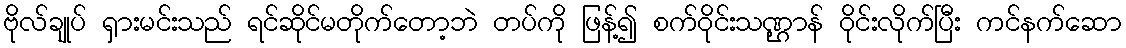
ဗိုလ်ချုပ် ရှားမင်းသည် ရင်ဆိုင်မတိုက်တော့ဘဲ တပ်ကို ဖြန့်၍ စက်ဝိုင်းသဏ္ဌာန် ဝိုင်းလိုက်ပြီး ကင်နက်ဆော